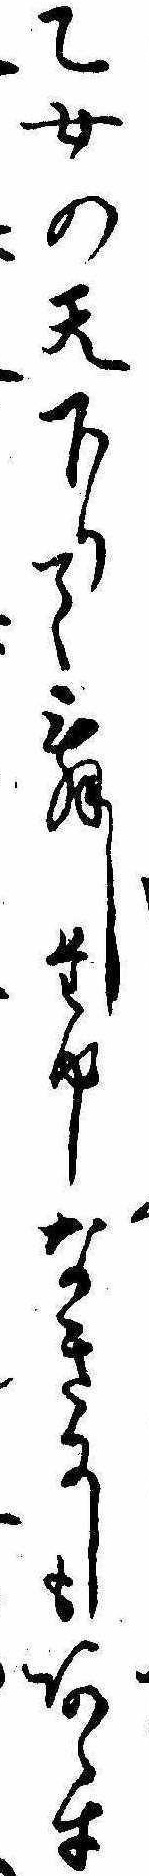
乙女の天下りて舞しためしなきにしもあらす